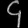
Digit: ၄